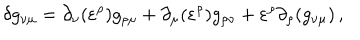
LaTeX: \delta g _ { \nu \mu } = \partial _ { \nu } ( \varepsilon ^ { \rho } ) g _ { \rho \mu } + \partial _ { \mu } ( \varepsilon ^ { \rho } ) g _ { \rho \nu } + \varepsilon ^ { \rho } \partial _ { \rho } ( g _ { \nu \mu } ) \, ,